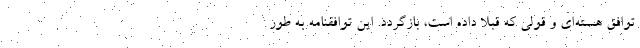
توافق هسته‌ای و قولی که قبلا داده است، بازگردد. این توافقنامه به طور